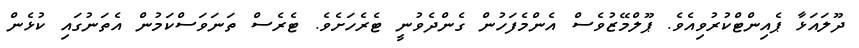
ދޫލައަޅާ ޕެއިންޓްކުރުވިއެވެ. ޕޫލްމޭޒުވެސް އެންމެފަހުން ގެންދެވުނީ ޓެރެހަށެވެ. ޓެރެސް ތަނަވަސްކަމުން އެތަނުގައި ކުޅެން